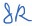
Text: 8R